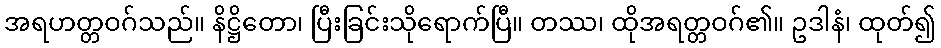
အရဟတ္တဝဂ်သည်။ နိဋ္ဌိတော၊ ပြီးခြင်းသိုရောက်ပြီ။ တဿ၊ ထိုအရတ္တဝဂ်၏။ ဥဒါနံ၊ ထုတ်၍